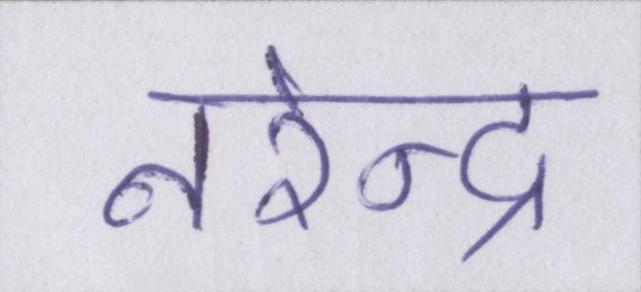
नरेन्द्र